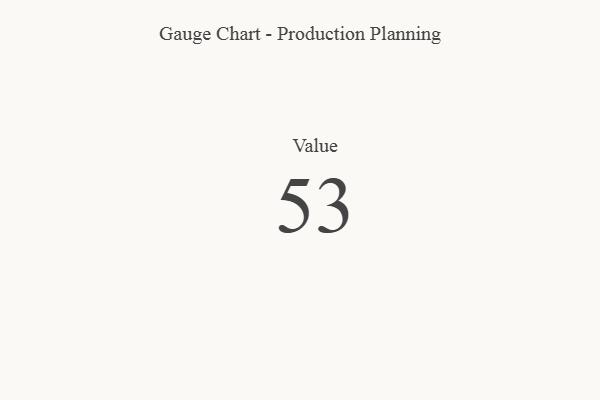
{"axis": {"x": "Metric", "y": "Value"}, "legend": [""], "data": [{"x": "Value", "y": 53, "type": ""}]}